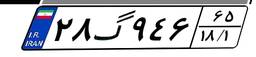
۸۹گ۴۹۶۹۸